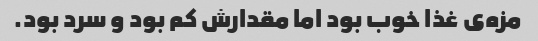
مزه‌ی غذا خوب بود اما مقدارش کم بود و سرد بود.